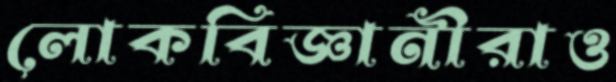
লোকবিজ্ঞানীরাও